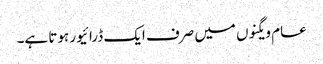
عام ویگنوں میں صرف ایک ڈرائیور ہوتا ہے۔